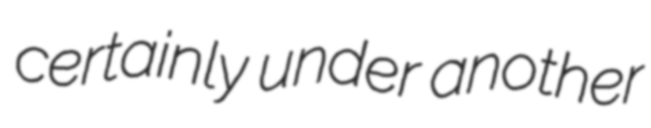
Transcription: certainly under another